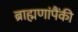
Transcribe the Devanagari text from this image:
ब्राह्मणांपैंकी